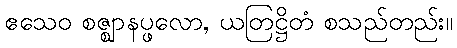
ဧသေဝ စဇ္ဈာနပ္ဖလော, ယတြဋ္ဌိတံ စသည်တည်း။